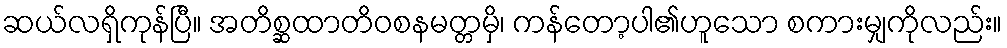
ဆယ်လရှိကုန်ပြီ။ အတိစ္ဆထာတိဝစနမတ္တမှိ၊ ကန်တော့ပါ၏ဟူသော စကားမျှကိုလည်း။